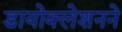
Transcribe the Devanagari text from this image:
डायोक्लेशनने